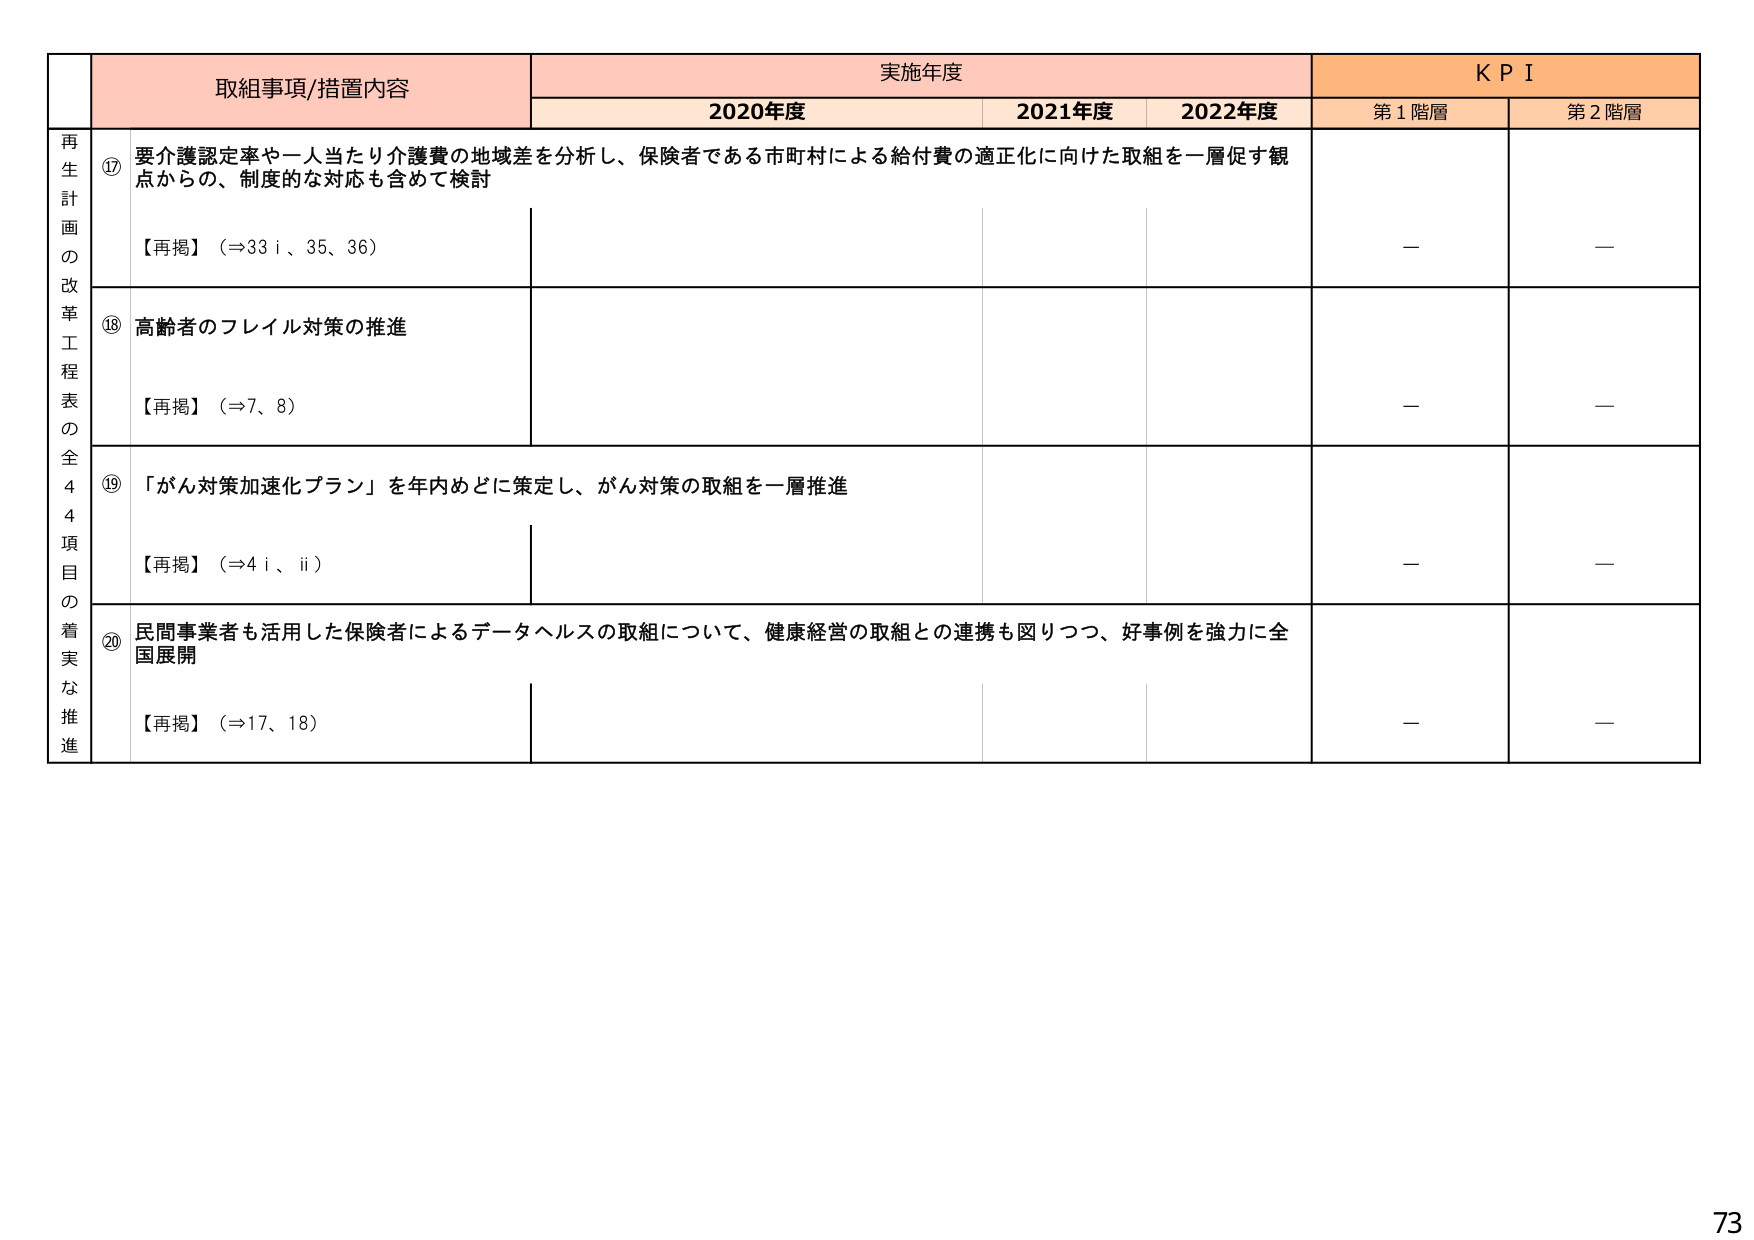
再生計画の改革工程表の全44項目の着実な推進

取組事項/措置内容

実施年度

KPI

2020年度

2021年度

2022年度

第1階層

第2階層

⑰ 要介護認定率や一人当たり介護費の地域差を分析し、保険者である市町村による給付費の適正化に向けた取組を一層促す観点からの、制度的な対応も含めて検討

【再掲】（⇒33ⅰ、35、36）

—

—

⑱ 高齢者のフレイル対策の推進

【再掲】（⇒7、8）

—

—

⑲ 「がん対策加速化プラン」を年内めどに策定し、がん対策の取組を一層推進

【再掲】（⇒4ⅰ、ⅱ）

—

—

⑳ 民間事業者も活用した保険者によるデータヘルスの取組について、健康経営の取組との連携も図りつつ、好事例を強力に全国展開

【再掲】（⇒17、18）

—

—

73